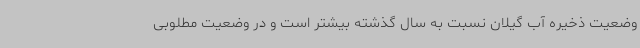
وضعیت ذخیره آب گیلان نسبت به سال گذشته بیشتر است و در وضعیت مطلوبی